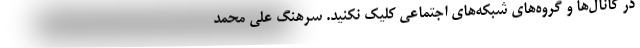
در کانال‌ها و گروه‌های شبکه‌های اجتماعی کلیک نکنید. سرهنگ علی محمد